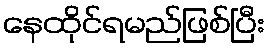
နေထိုင်ရမည်ဖြစ်ပြီး